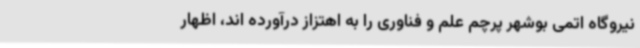
نیروگاه اتمی بوشهر پرچم علم و فناوری را به اهتزاز درآورده اند، اظهار